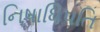
નિષાધિપતિ